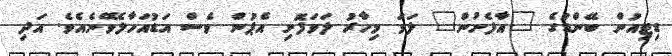
ޑިޓިއުން ބޭންޑުގެ "އާފެށުން" ލަވަ މިހާރު ލަވަފޮށި އެޕުން ވެސް އަޑުއަހާލެވޭނެއެވެ. އަދި